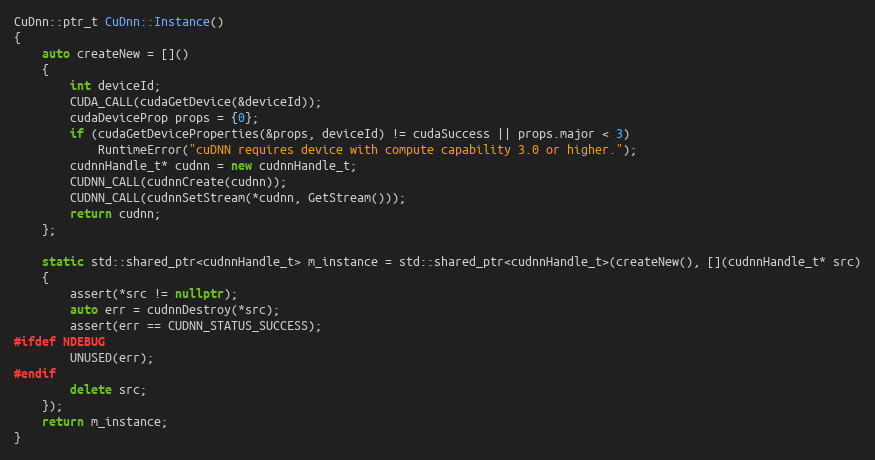
Language: C++
CuDnn::ptr_t CuDnn::Instance()
{
    auto createNew = []()
    {
        int deviceId;
        CUDA_CALL(cudaGetDevice(&deviceId));
        cudaDeviceProp props = {0};
        if (cudaGetDeviceProperties(&props, deviceId) != cudaSuccess || props.major < 3)
            RuntimeError("cuDNN requires device with compute capability 3.0 or higher.");
        cudnnHandle_t* cudnn = new cudnnHandle_t;
        CUDNN_CALL(cudnnCreate(cudnn));
        CUDNN_CALL(cudnnSetStream(*cudnn, GetStream()));
        return cudnn;
    };

    static std::shared_ptr<cudnnHandle_t> m_instance = std::shared_ptr<cudnnHandle_t>(createNew(), [](cudnnHandle_t* src)
    {
        assert(*src != nullptr);
        auto err = cudnnDestroy(*src);
        assert(err == CUDNN_STATUS_SUCCESS);
#ifdef NDEBUG
        UNUSED(err);
#endif
        delete src;
    });
    return m_instance;
}